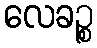
လေခဉ္စ